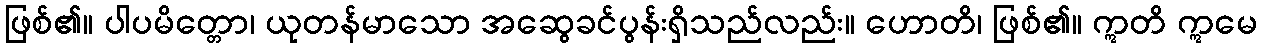
ဖြစ်၏။ ပါပမိတ္တော၊ ယုတန်မာသော အဆွေခင်ပွန်းရှိသည်လည်း။ ဟောတိ၊ ဖြစ်၏။ ဣတိ ဣမေ